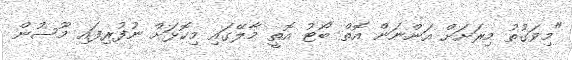
"މިވަގުތު މިރަށަށް އަންނަން އޮތް ބޯޓު އޮތީ މާލޭގައި މިކޮޅަށް ނުފުރިފައި މޫސުން